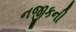
નજીકની